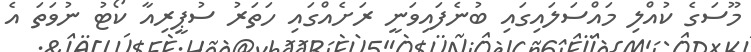
މޫސަގެ ކުއްލި މައްސަލައިގައި ބުނެފައިވަނީ ރަށެއްގައި ހަތަރު ސުޕީރިއާ ކޯޓު ނުވަތަ އެ